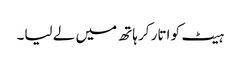
ہیٹ کو اتار کر ہاتھ میں لے لیا۔